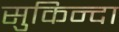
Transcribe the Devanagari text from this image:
सुकिन्दा